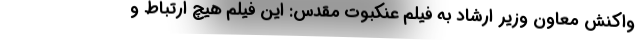
واکنش معاون وزیر ارشاد به فیلم عنکبوت مقدس: این فیلم هیچ ارتباط و